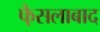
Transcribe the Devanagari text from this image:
फै़सलाबाद